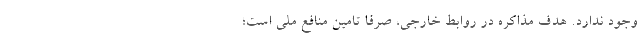
وجود ندارد. هدفِ مذاکره در روابط خارجی، صرفا تامین منافع ملی است؛